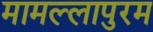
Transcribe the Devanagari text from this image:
मामल्लापुरम